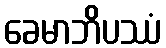
ခေမာဘိပဿံ